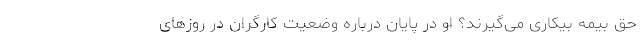
حق بیمه بیکاری می‌گیرند؟ او در پایان درباره وضعیت کارگران در روزهای